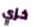
خزي